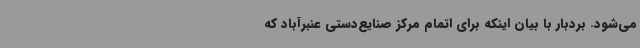
می‌شود. بردبار با بیان اینکه برای اتمام مرکز صنایع‌دستی عنبرآباد که